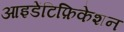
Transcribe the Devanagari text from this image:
आइडेंटिफ़िकेशन